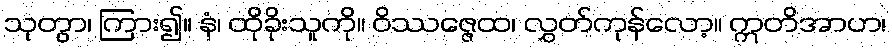
သုတွာ၊ ကြား၍။ နံ၊ ထိုခိုးသူကို။ ဝိဿဇ္ဇေထ၊ လွှတ်ကုန်လော့။ ဣတိအာဟ၊